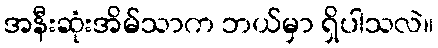
အနီးဆုံးအိမ်သာက ဘယ်မှာ ရှိပါသလဲ။